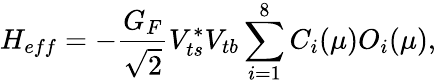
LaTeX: H_{eff}=-{\frac{G_{F}}{\sqrt{2}}}V_{ts}^{*}V_{tb}\sum_{i=1}^{8}C_{i}(\mu)O_{i}(\mu),